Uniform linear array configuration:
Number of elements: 48
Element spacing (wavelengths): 0.5
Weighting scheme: blackman
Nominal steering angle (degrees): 30
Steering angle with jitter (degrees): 31.051
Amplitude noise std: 0.05
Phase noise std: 0.05

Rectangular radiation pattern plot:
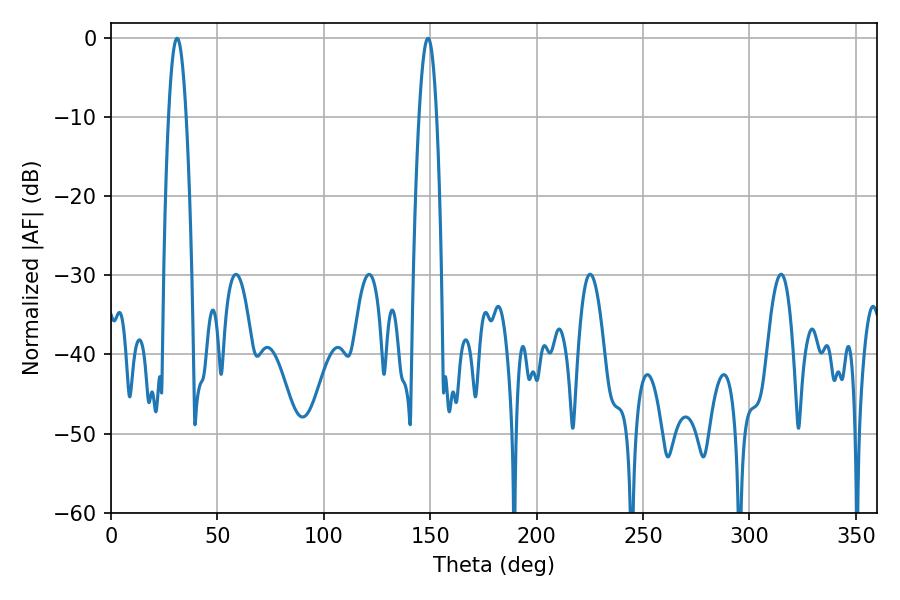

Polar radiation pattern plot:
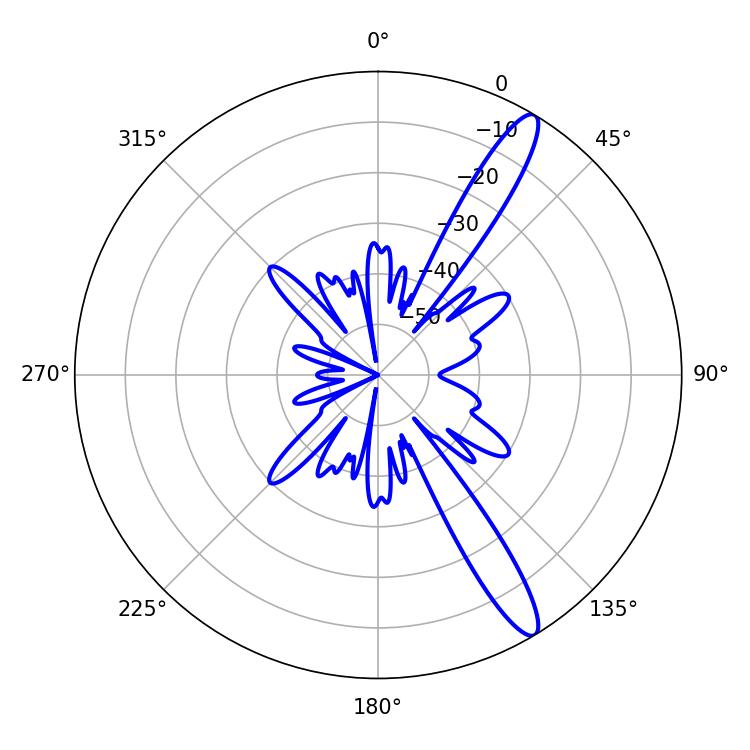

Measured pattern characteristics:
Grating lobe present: FALSE
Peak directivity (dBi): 13.516
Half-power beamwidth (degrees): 4.5
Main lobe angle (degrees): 31.14